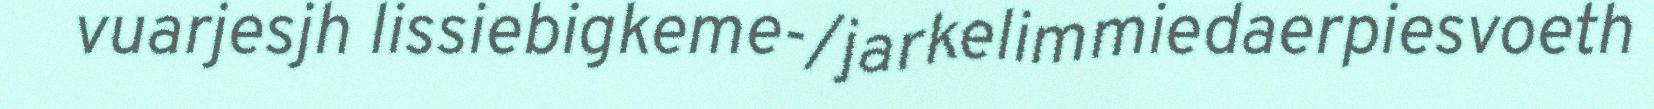
vuarjesjh lissiebigkeme-/jarkelimmiedaerpiesvoeth